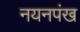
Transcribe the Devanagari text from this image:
नयनपंख